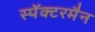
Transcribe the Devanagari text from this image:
स्पॅक्टरमैन